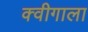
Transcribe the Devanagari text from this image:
क्वीगाला